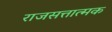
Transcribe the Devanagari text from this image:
राजसत्तात्मक